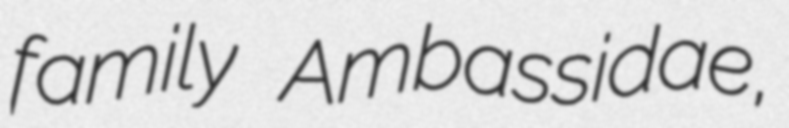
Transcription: family Ambassidae,